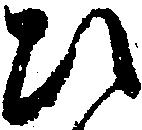
ひ